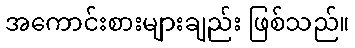
အကောင်းစားများချည်း ဖြစ်သည်။